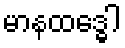
မာနထဒ္ဓေါ